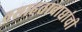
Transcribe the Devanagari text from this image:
वसाहतावाद्यांची